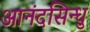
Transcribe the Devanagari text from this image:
आनंदसिन्धु